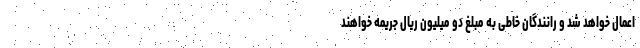
اعمال خواهد شد و رانندگان خاطی به مبلغ دو میلیون ریال جریمه خواهند